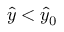
\hat { y } < \hat { y } _ { 0 }